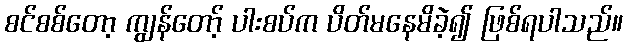
စင်စစ်တော့ ကျွန်တော့် ပါးစပ်က ပိတ်မနေမိခဲ့၍ ဖြစ်ရပါသည်။